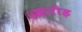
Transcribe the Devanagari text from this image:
५करोड़